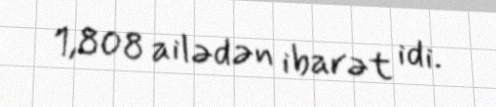
1,808 ailədən ibarət idi.